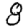
Digit: 8